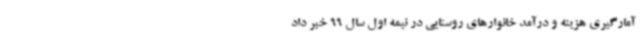
آمارگیری هزینه و درآمد خانوارهای روستایی در نیمه اول سال 99 خبر داد